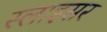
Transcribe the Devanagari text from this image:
स्लाइसर